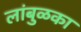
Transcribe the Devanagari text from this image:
लांबुळका